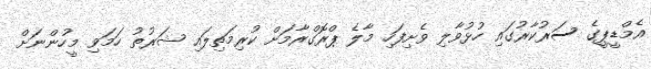
އެމްޑީޕީގެ ސަރުކާރުގައި ހުޅުވާލި ވެށިފަހި މާލެ ޕްރޮގްރާމަށް ކުރިމަތިލައި ޝަރުތު ހަމަވި މީހުންނަށް